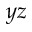
y z